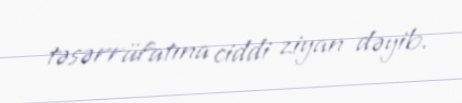
təsərrüfatına ciddi ziyan dəyib.